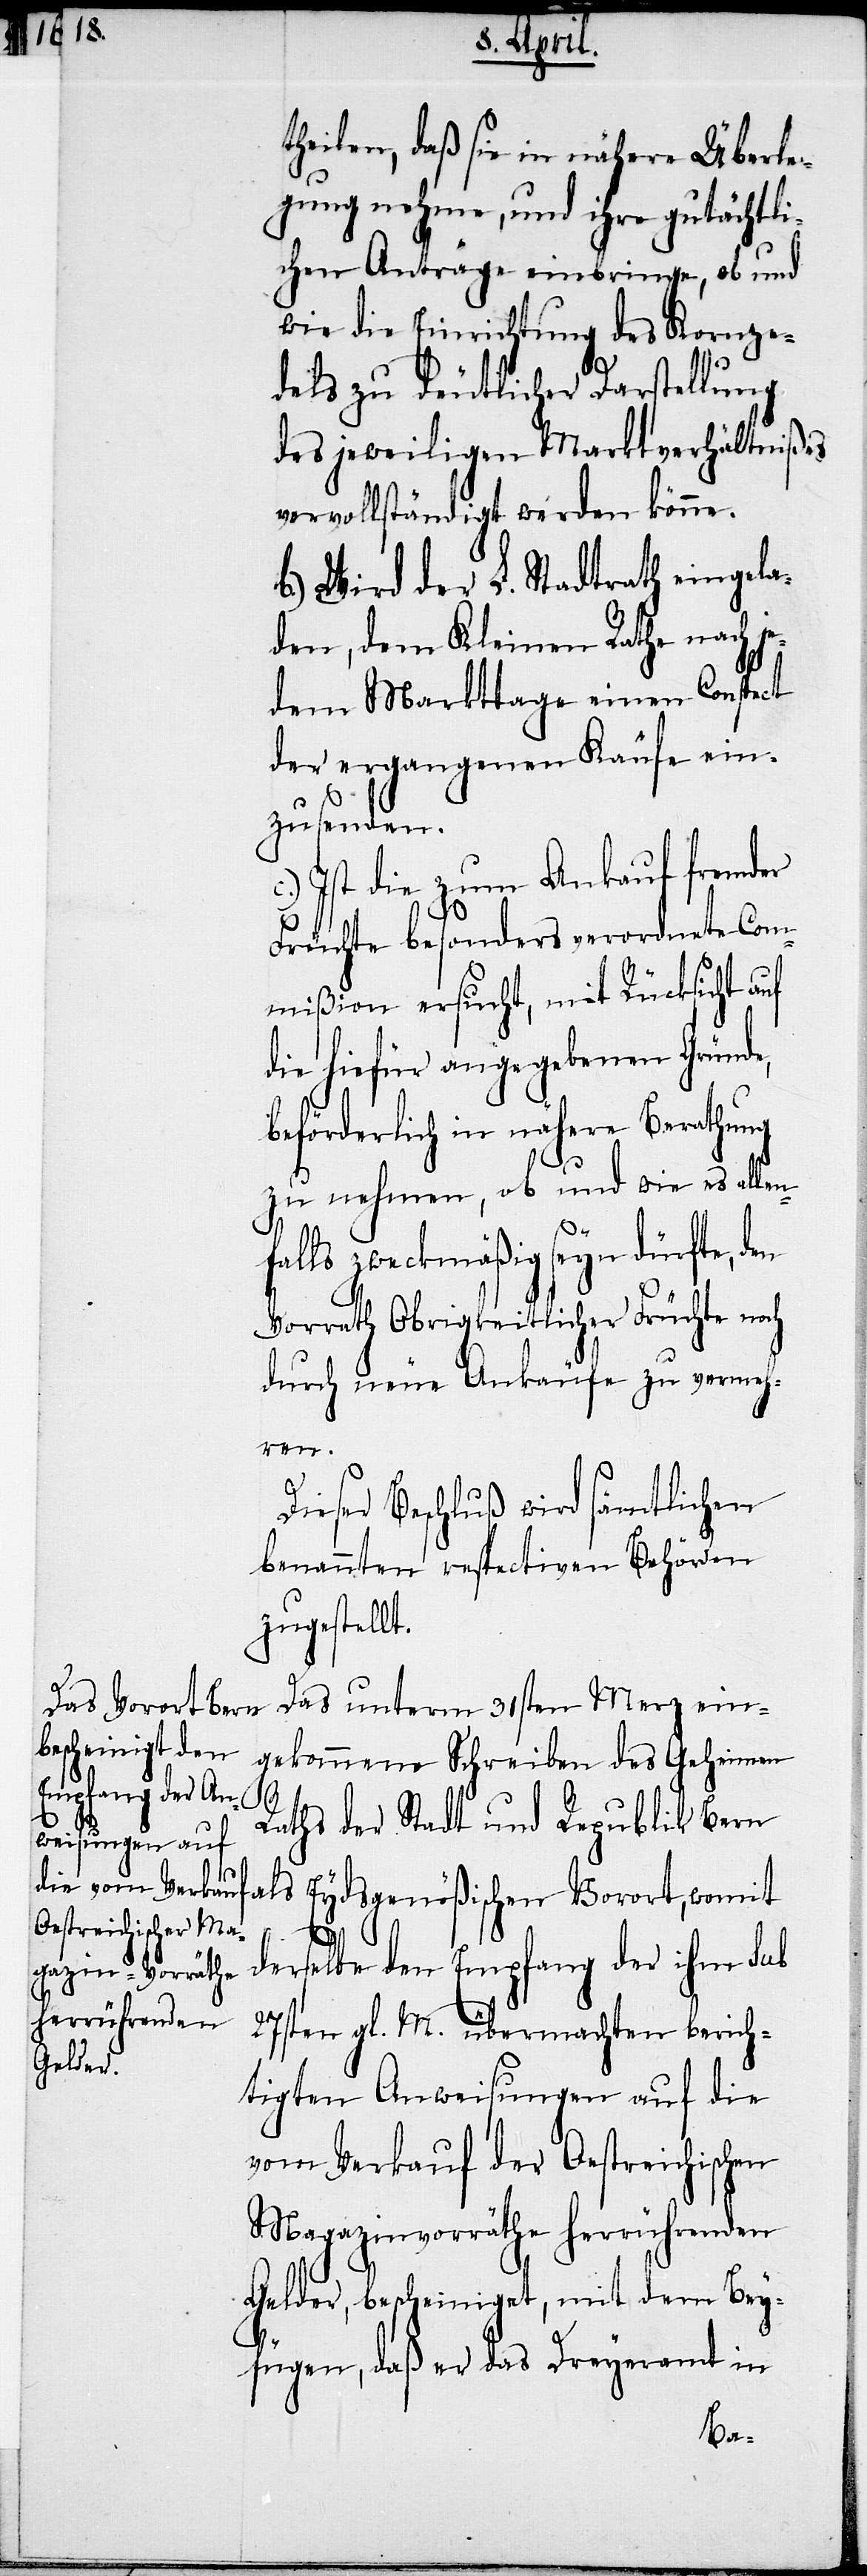
theilen, daß sie in nähere Überle¬
gung nehme, und ihre gutächtli¬
chen Anträge einbringe, ob und
wie die Einrichtung des Kornze¬
dels zu deutlicher Darstellung
des jeweiligen Marktverhältnißes
vervollständigt werden könne.
b.) Wird der L. Stadtrath eingela¬
den, dem Kleinen Rathe nach j¬
edem Markttage einen Conspect
der ergangenen Käufe ein¬
zusenden.
Ist die zum Ankauf fremder
Früchte besonders verordnete Com¬
mißion ersucht, mit Rücksicht auf
die hiefür angegebenen Gründe,
beförderlich in nähere Berathung
zu nehmen, ob und wie es allen¬
alls zweckmäßig seyn dürfte,
Vorrath Obrigkeitlicher Früchte noch
durch neue Ankäufe zu vermeh¬
ren.
Dieser Beschluß wird sämtlichen
benannten respectiven Behörden
zugestellt.
Das unterm 31sten Merz ein¬
gekommene Schreiben des Geheimen
f¬
Raths der Stadt und Republik Bern
als Eydsgenößischen Vorort, womit
derselbe den Empfang der ihm sub
27sten gl. M. übermachten berich¬
tigten Anweisungen auf die
vom Verkauf der Oestreichischen
Magazinvorräthe herrührenden
Gelder, bescheiniget, mit dem Bey¬
fügen, daß er das Dreyeramt in